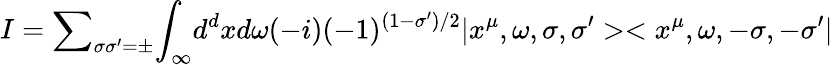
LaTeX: I={\sum}_{{\sigma}{\sigma}^{\prime}={\pm}}{\int}_{\infty}d^{d}xd{\omega}(-i)(-1)^{(1-{\sigma}^{\prime})/2}|x^{\mu},{\omega},{\sigma},{\sigma^{\prime}}><x^{\mu},{\omega},{-\sigma},{-\sigma^{\prime}}|